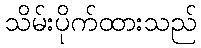
သိမ်းပိုက်ထားသည်